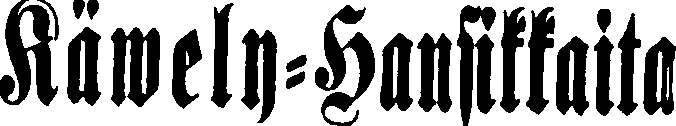
Käwely-Hansikkaita